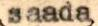
saada